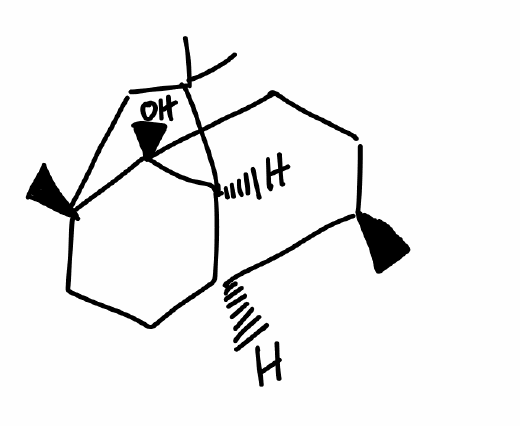
Simplified molecular-input line-entry system (SMILES) notation of the given molecule:
C[C@@H]1CC[C@@]2([C@@H]3[C@@H]1CC[C@@]2(CC3(C)C)C)O